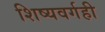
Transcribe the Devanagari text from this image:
शिष्यवर्गही